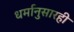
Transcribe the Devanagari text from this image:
धर्मानुसारही